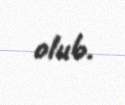
olub.